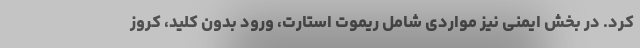
کرد. در بخش ایمنی نیز مواردی شامل ریموت استارت، ورود بدون کلید، کروز